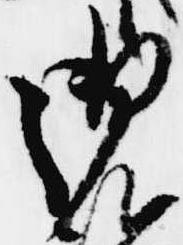
御